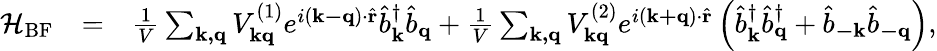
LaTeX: \begin{array}{rlr}{\mathcal{H}_{\mathrm{BF}}}&{=}&{\frac{1}{V}\sum_{\mathbf{k,q}}V_{\mathbf{kq}}^{(1)}e^{i\left(\mathbf{k-q}\right)\cdot\hat{\mathbf{r}}}\hat{b}_{\mathbf{k}}^{\dagger}\hat{b}_{\mathbf{q}}+\frac{1}{V}\sum_{\mathbf{k,q}}V_{\mathbf{kq}}^{(2)}e^{i\left(\mathbf{k+q}\right)\cdot\hat{\mathbf{r}}}\left(\hat{b}_{\mathbf{k}}^{\dagger}\hat{b}_{\mathbf{q}}^{\dagger}+\hat{b}_{\mathbf{-k}}\hat{b}_{\mathbf{-q}}\right),}\end{array}